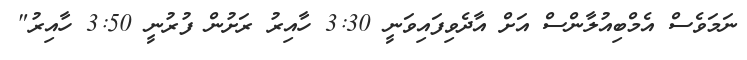
ނަމަވެސް އެމްބިއުލާންސް އަށް އާދެވިފައިވަނީ 3:30 ހާއިރު ރަށުން ފުރުނީ 3:50 ހާއިރު"